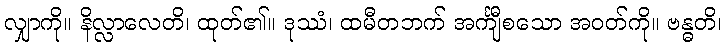
လျှာကို။ နိလ္လာလေတိ၊ ထုတ်၏။ ဒုဿံ၊ ထမီတဘက် အင်္ကျီစသော အဝတ်ကို။ ဗန္ဓတိ၊